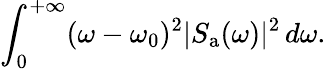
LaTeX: \int_{0}^{+\infty}(\omega-\omega_{0})^{2}|S_{\mathrm{a}}(\omega)|^{2}\, d\omega.